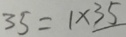
3 5 = 1 \times 3 5